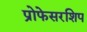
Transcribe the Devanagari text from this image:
प्रोफेसरशिप